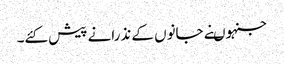
جنہوںنے جانوں کے نذرانے پیش کئے۔